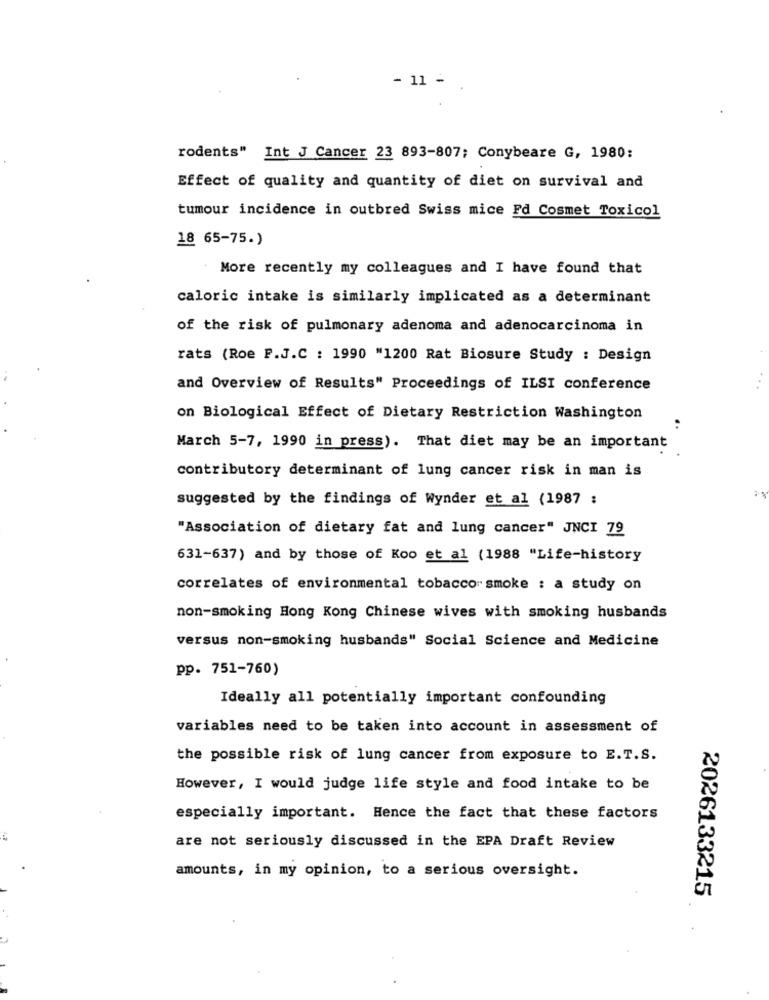
- 11 -
rodents" Int J Cancer 23 893-807; Conybeare G, 1980:
Effect of quality and quantity of diet on survival and
tumour incidence in outbred Swiss mice Fd Cosmet Toxicol
18 65-75.)
More recently my colleagues and I have found that
caloric intake is similarly implicated as a determinant
of the risk of pulmonary adenoma and adenocarcinoma in
rats (Roe P.J.C : 1990 "1200 Rat Biosure Study : Design
and Overview of Results" Proceedings of ILSI conference
on Biological Effect of Dietary Restriction Washington
March 5-7, 1990 in press). That diet may be an important
contributory determinant of lung cancer risk in man is
suggested by the findings of Wynder et al (1987 :
"Association of dietary fat and lung cancer" JNCI 79
631-637) and by those of Koo et al (1988 "Life-history
correlates of environmental tobacco smoke : a study on
non-smoking Hong Kong Chinese wives with smoking husbands
versus non-smoking husbands" Social Science and Medicine
pp. 751-760)
Ideally all potentially important confounding
variables need to be taken into account in assessment of
the possible risk of lung cancer from exposure to E.T.S.
However, I would judge life style and food intake to be
especially important. Hence the fact that these factors
are not seriously discussed in the EPA Draft Review
amounts, in my opinion, to a serious oversight.
2026133215